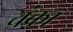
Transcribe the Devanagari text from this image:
चंका